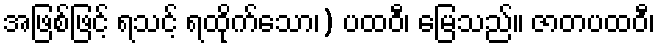
အဖြစ်ဖြင့် ရသင့် ရထိုက်သော၊) ပထဝီ၊ မြေသည်။ ဇာတပထဝီ၊